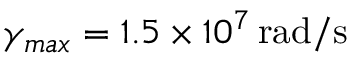
\gamma _ { m a x } = 1 . 5 \times 1 0 ^ { 7 } \, \mathrm { r a d / s }